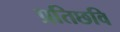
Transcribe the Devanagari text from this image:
प्रतिछवि